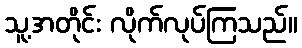
သူ့အတိုင်း လိုက်လုပ်ကြသည်။